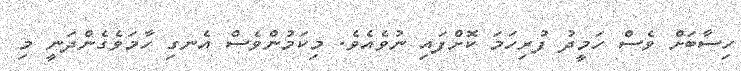
ހިސާބަށް ވެސް ހަމީދު ފުރިހަމަ ކޮށްފައި ނުވެއެވެ. މިކަމުންވެސް އެނގި ހާމަވެގެންދަނީ މި